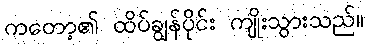
ကတော့၏ ထိပ်ချွန်ပိုင်း ကျိုးသွားသည်။